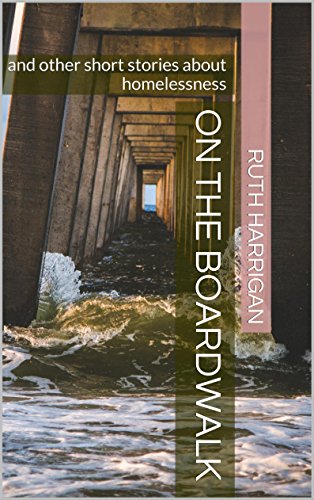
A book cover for On the Boardwalk: and other short stories about homelessness; Ruth Harrigan; Teen & Young Adult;